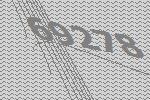
69278